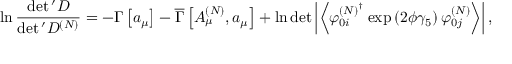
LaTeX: \ln \frac { \operatorname * { d e t } { } ^ { \prime } D } { \operatorname * { d e t } { } ^ { \prime } D ^ { \left( N \right) } } = - \Gamma \left[ a _ { \mu } \right] - \overline { { { \Gamma } } } \left[ A _ { \mu } ^ { \left( N \right) } , a _ { \mu } \right] + \ln \operatorname * { d e t } \left| \left\langle \varphi _ { 0 i } ^ { \left( N \right) ^ { \dagger } } \exp \left( 2 \phi \gamma _ { 5 } \right) \varphi _ { 0 j } ^ { \left( N \right) } \right\rangle \right| ,